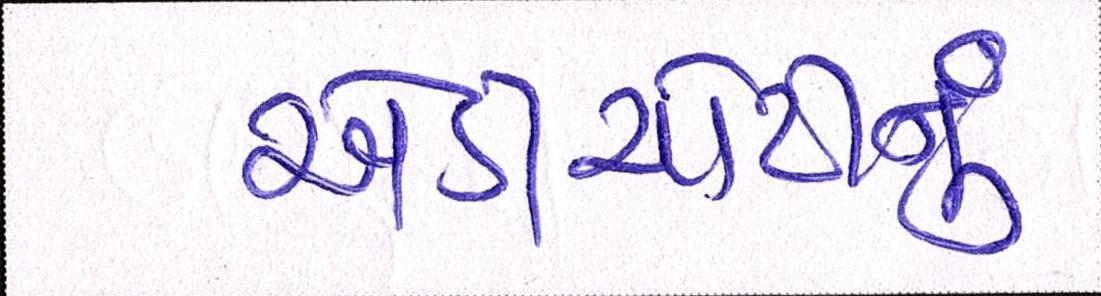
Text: એડીચોટીનું